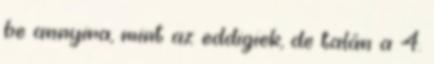
be annyira, mint az eddigiek, de talán a 4.